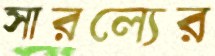
সারল্যের